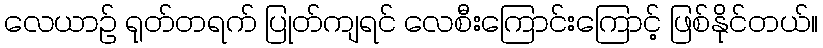
လေယာဉ် ရုတ်တရက် ပြုတ်ကျရင် လေစီးကြောင်းကြောင့် ဖြစ်နိုင်တယ်။